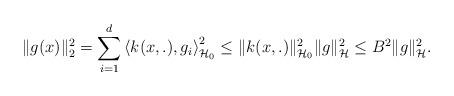
LaTeX: \begin{align*} \|g(x)\|_2^{2}=\sum_{i=1}^{d}\left\langle k(x, .), g_{i}\right\rangle_{\mathcal{H}_{0}}^{2} \leq\|k(x, .)\|_{\mathcal{H}_{0}}^{2}\|g\|_{\mathcal{H}}^{2} \leq B^{2}\|g\|_{\mathcal{H}}^{2}. \end{align*}